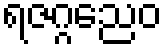
ရဇဂ္ဂညေဝ